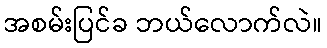
အစမ်းပြင်ခ ဘယ်လောက်လဲ။